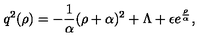
q ^ { 2 } ( \rho ) = - { \frac { 1 } { \alpha } } ( \rho + \alpha ) ^ { 2 } + \Lambda + \epsilon e ^ { \frac { \rho } { \alpha } } ,